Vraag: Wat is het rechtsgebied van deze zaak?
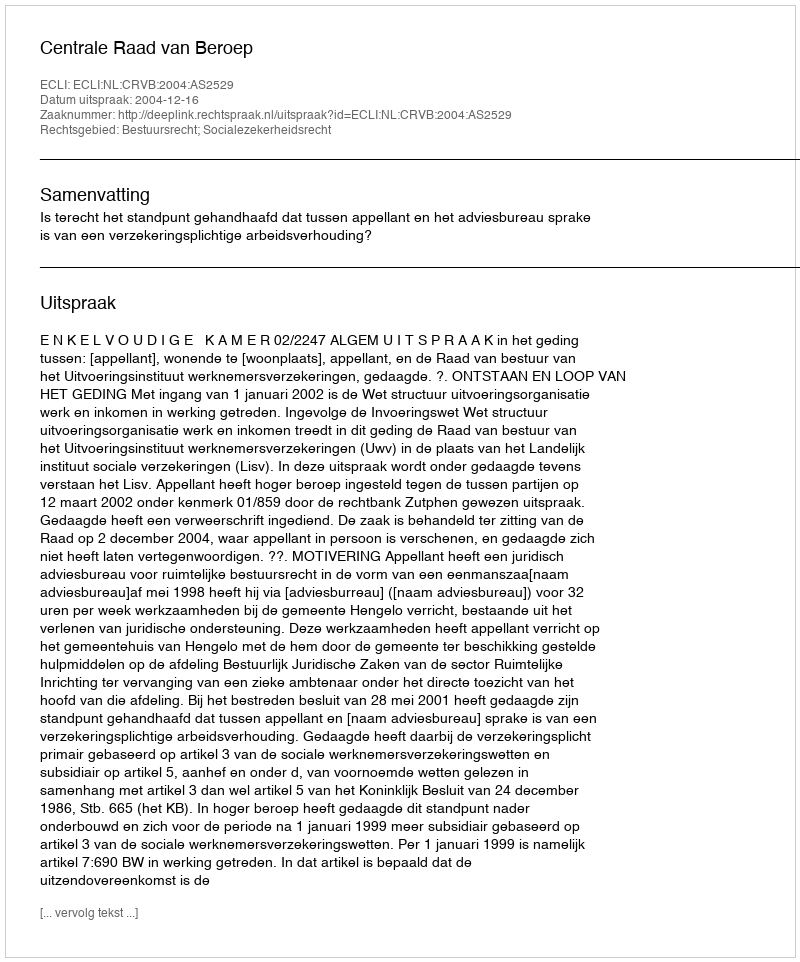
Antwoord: Bestuursrecht; Socialezekerheidsrecht